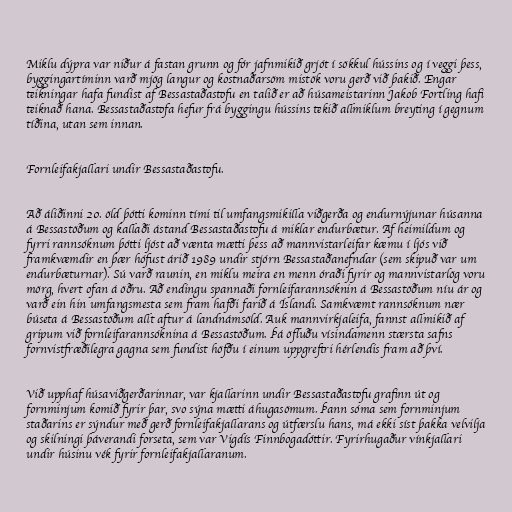
Miklu dýpra var niður á fastan grunn og fór jafnmikið grjót í sökkul hússins og í veggi þess,
byggingartíminn varð mjög langur og kostnaðarsöm mistök voru gerð við þakið. Engar
teikningar hafa fundist af Bessastaðastofu en talið er að húsameistarinn Jakob Fortling hafi
teiknað hana. Bessastaðastofa hefur frá byggingu hússins tekið allmiklum breyting í gegnum
tíðina, utan sem innan.

Fornleifakjallari undir Bessastaðastofu.

Að áliðinni 20. öld þótti kominn tími til umfangsmikilla viðgerða og endurnýjunar húsanna
á Bessastöðum og kallaði ástand Bessastaðastofu á miklar endurbætur. Af heimildum og
fyrri rannsóknum þótti ljóst að vænta mætti þess að mannvistarleifar kæmu í ljós við
framkvæmdir en þær hófust árið 1989 undir stjórn Bessastaðanefndar (sem skipuð var um
endurbæturnar). Sú varð raunin, en miklu meira en menn óraði fyrir og mannvistarlög voru
mörg, hvert ofan á öðru. Að endingu spannaði fornleifarannsóknin á Bessastöðum níu ár og
varð ein hin umfangsmesta sem fram hafði farið á Íslandi. Samkvæmt rannsóknum nær
búseta á Bessastöðum allt aftur á landnámsöld. Auk mannvirkjaleifa, fannst allmikið af
gripum við fornleifarannsóknina á Bessastöðum. Þá öfluðu vísindamenn stærsta safns
fornvistfræðilegra gagna sem fundist höfðu í einum uppgreftri hérlendis fram að því.

Við upphaf húsaviðgerðarinnar, var kjallarinn undir Bessastaðastofu grafinn út og
fornminjum komið fyrir þar, svo sýna mætti áhugasömum. Þann sóma sem fornminjum
staðarins er sýndur með gerð fornleifakjallarans og útfærslu hans, má ekki síst þakka velvilja
og skilningi þáverandi forseta, sem var Vigdís Finnbogadóttir. Fyrirhugaður vínkjallari
undir húsinu vék fyrir fornleifakjallaranum.